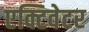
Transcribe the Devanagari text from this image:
एक्टिवेटर